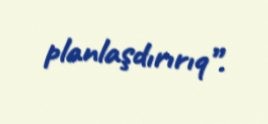
planlaşdırırıq”.